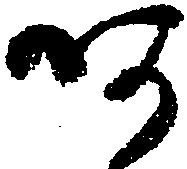
あ